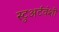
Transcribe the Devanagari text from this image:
स्टुअर्टवंशी